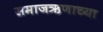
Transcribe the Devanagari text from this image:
समाजऋणाच्या